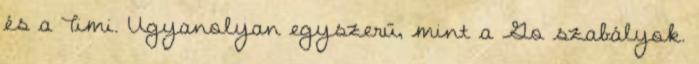
és a Timi. Ugyanolyan egyszerű, mint a Go szabályok.